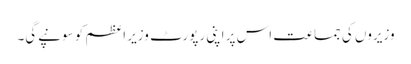
وزیروں کی جماعت اس پر اپنی رپورٹ وزیر اعظم کو سونپے‌گی۔